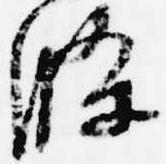
条